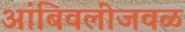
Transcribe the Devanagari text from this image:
आंबिवलीजवळ